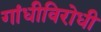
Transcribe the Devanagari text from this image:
गांधीविरोधी